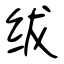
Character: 绂